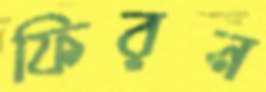
ফিরন